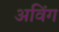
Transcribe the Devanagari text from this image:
अविंग